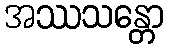
အဿသန္တော